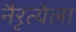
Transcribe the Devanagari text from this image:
नैरृत्येला